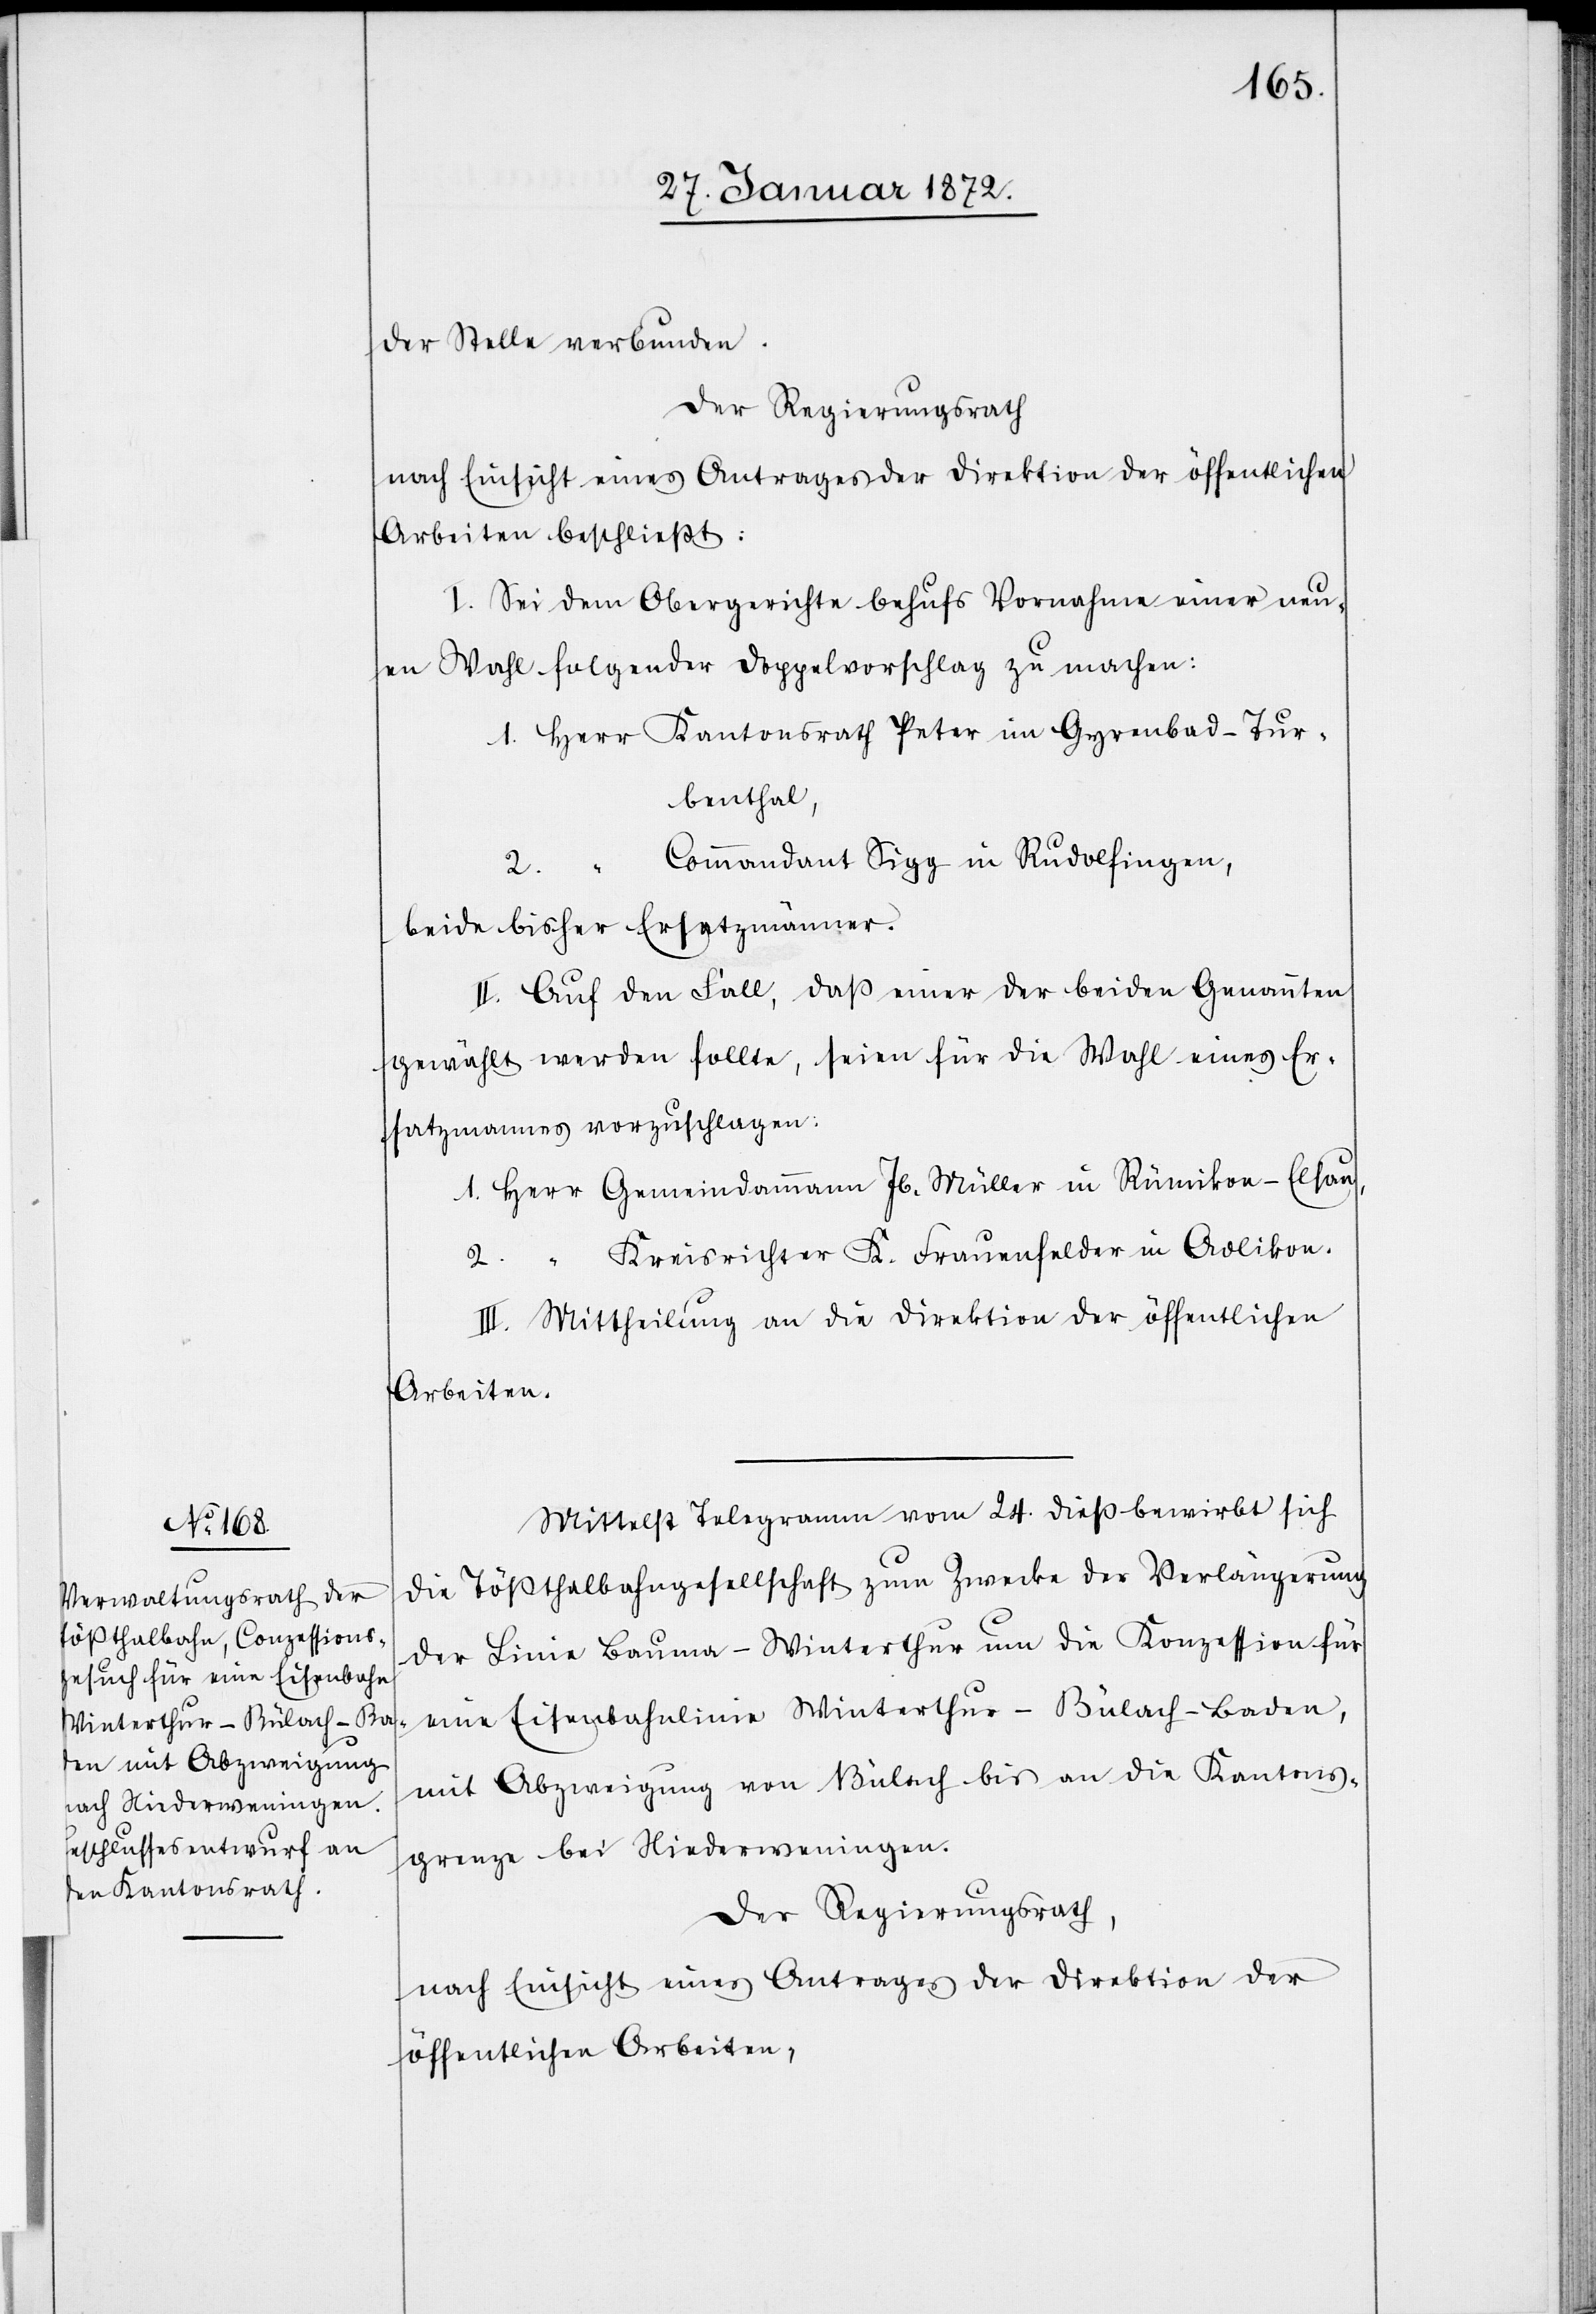
der Stelle verbunden.
Der Regierungsrath
nach Einsicht eines Antrages der Direktion der öffentlichen
Arbeiten beschließt:
I. Sei dem Obergerichte behufs Vornahme einer neu¬
en Wahl folgender Doppelvorschlag zu machen:
Herr Kantonsrath Peter im Gyrenbad-Tur¬
benthal,
Commandant Sigg in Rudolfingen,
beide bisher Ersatzmänner.
II. Auf den Fall, daß einer der beiden Genannten
gewählt werden sollte, seien für die Wahl eines Er¬
satzmannes vorzuschlagen:
Herr Gemeindammann Jb. Müller in Rümikon-Elsau,
“ Kreisrichter K. Frauenfelder in Adlikon.
III. Mittheilung an die Direktion der öffentlichen
Arbeiten.
Mittelst Telegramm vom 24. dieß bewirbt sich
die Tößthalbahngesellschaft zum Zwecke der Verlängerung
der Linie Bauma–Winterthur um die Konzession für
eine Eisenbahnlinie Winterthur–Bülach–Baden,
mit Abzweigung von Bülach bis an die Kantons¬
grenze bei Niederweningen.
Der Regierungsrath,
nach Einsicht eines Antrages der Direktion der
öffentlichen Arbeiten,